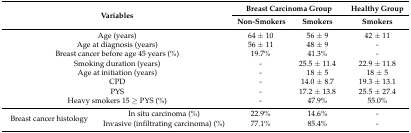
<table><thead><tr><td rowspan="2" colspan="2"><b>Variables</b></td><td colspan="2"><b>Breast Carcinoma Group</b></td><td><b>Healthy Group</b></td></tr><tr><td><b>Non-Smokers</b></td><td><b>Smokers</b></td><td><b>Smokers</b></td></tr></thead><tbody><tr><td colspan="2">Age (years)</td><td>64 ± 10</td><td>56 ± 9</td><td>42 ± 11</td></tr><tr><td colspan="2">Age at diagnosis (years)</td><td>56 ± 11</td><td>48 ± 9</td><td>-</td></tr><tr><td colspan="2">Breast cancer before age 45 years (%)</td><td>19.7%</td><td>41.3%</td><td>-</td></tr><tr><td colspan="2">Smoking duration (years)</td><td>-</td><td>25.5 ± 11.4</td><td>22.9 ± 11.8</td></tr><tr><td colspan="2">Age at initiation (years)</td><td>-</td><td>18 ± 5</td><td>18 ± 5</td></tr><tr><td colspan="2">CPD</td><td>-</td><td>14.0 ± 8.7</td><td>19.3 ± 13.1</td></tr><tr><td colspan="2">PYS</td><td>-</td><td>17.2 ± 13.8</td><td>25.5 ± 27.4</td></tr><tr><td colspan="2">Heavy smokers 15 ≥ PYS (%)</td><td>-</td><td>47.9%</td><td>55.0%</td></tr><tr><td rowspan="2">Breast cancer histology</td><td>In situ carcinoma (%)</td><td>22.9%</td><td>14.6%</td><td>-</td></tr><tr><td>Invasive (infiltrating carcinoma) (%)</td><td>77.1%</td><td>85.4%</td><td>-</td></tr></tbody></table>